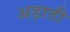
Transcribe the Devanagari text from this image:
अड़ाती